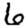
Digit: 6